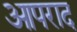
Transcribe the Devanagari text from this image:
आपराद